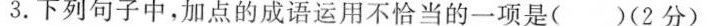
3.下列句子中，加点的成语运用不恰当的一项是( )(2分)